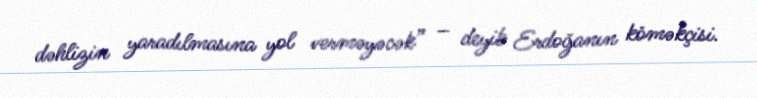
dəhlizin yaradılmasına yol verməyəcək” – deyib Erdoğanın köməkçisi.